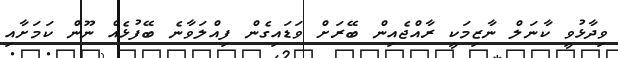
ވިދާޅުވީ ކާނަލް ނާޒިމަކީ ރާއްޖެއިން ބޭރަށް ވަޑައިގެން ފިއްލަވާނެ ބޭފުޅެއް ނޫން ކަމަށާއި